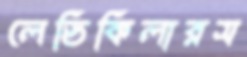
লেডিকিলারস